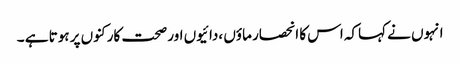
انہوں نے کہاکہ اس کا انحصار ماؤں ،دائیوں اور صحت کارکنوں پر ہوتا ہے ۔